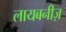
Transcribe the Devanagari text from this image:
लायबनीज़